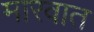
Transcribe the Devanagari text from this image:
मारवात